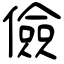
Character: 儉